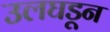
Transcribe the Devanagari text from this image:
उलघडून